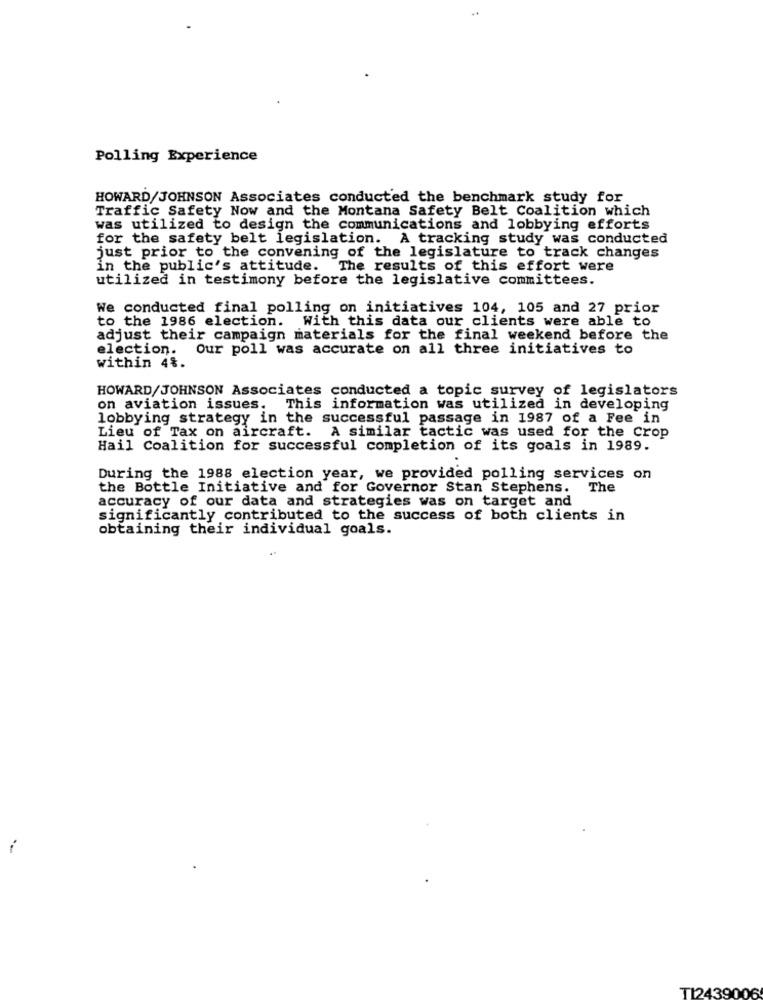
Polling Experience
HOWARD/JOHNSON Associates conducted the benchmark study for
Traffic Safety Now and the Montana Safety Belt Coalition which
was utilized to design the communications and lobbying efforts
for the safety belt legislation. A tracking study was conducted
just prior to the convening of the legislature to track changes
in the public's attitude. The results of this effort were
utilized in testimony before the legislative committees.
We conducted final polling on initiatives 104, 105 and 27 prior
to the 1986 election. With this data our clients were able to
adjust their campaign materials for the final weekend before the
election. Our poll was accurate on all three initiatives to
within 4%.
HOWARD/JOHNSON Associates conducted a topic survey of legislators
on aviation issues. This information was utilized in developing
lobbying strategy in the successful passage in 1987 of a Fee in
Lieu of Tax on aircraft. A similar tactic was used for the crop
Hail Coalition for successful completion of its goals in 1989.
During the 1988 election year, we provided polling services on
the Bottle Initiative and for Governor Stan Stephens. The
accuracy of our data and strategies was on target and
significantly contributed to the success of both clients in
obtaining their individual goals.
T12439006